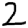
Digit: 2